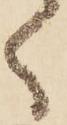
く